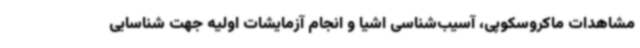
مشاهدات ماکروسکوپی، آسیب‌شناسی اشیا و انجام آزمایشات اولیه جهت شناسایی